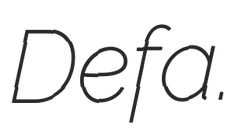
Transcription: Defa.